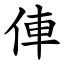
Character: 俥